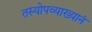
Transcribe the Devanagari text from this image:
तस्योपव्याख्यानं